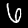
Label: 6